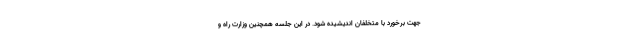
جهت برخورد با متخلفان اندیشیده شود. در این جلسه همچنین وزارت راه و